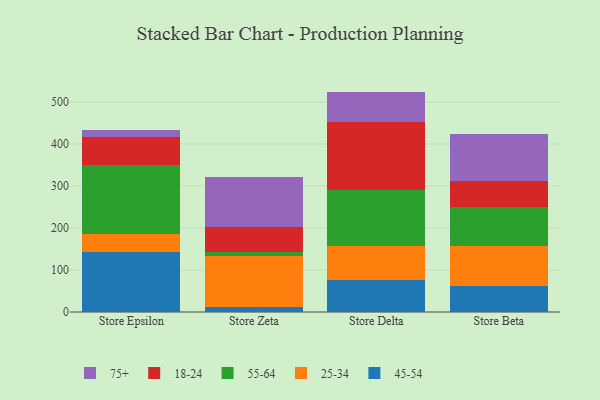
{"axis": {"x": "Store", "y": "Customer Acquisition Cost (USD)"}, "legend": ["18-24", "25-34", "45-54", "55-64", "75+"], "data": [{"x": "Store Epsilon", "y": 142.5, "type": "45-54"}, {"x": "Store Epsilon", "y": 42.9, "type": "25-34"}, {"x": "Store Epsilon", "y": 164.9, "type": "55-64"}, {"x": "Store Epsilon", "y": 65.8, "type": "18-24"}, {"x": "Store Epsilon", "y": 18.0, "type": "75+"}, {"x": "Store Zeta", "y": 12.9, "type": "45-54"}, {"x": "Store Zeta", "y": 121.2, "type": "25-34"}, {"x": "Store Zeta", "y": 8.1, "type": "55-64"}, {"x": "Store Zeta", "y": 59.7, "type": "18-24"}, {"x": "Store Zeta", "y": 120.2, "type": "75+"}, {"x": "Store Delta", "y": 76.9, "type": "45-54"}, {"x": "Store Delta", "y": 79.3, "type": "25-34"}, {"x": "Store Delta", "y": 134.6, "type": "55-64"}, {"x": "Store Delta", "y": 162.5, "type": "18-24"}, {"x": "Store Delta", "y": 71.6, "type": "75+"}, {"x": "Store Beta", "y": 61.2, "type": "45-54"}, {"x": "Store Beta", "y": 97.1, "type": "25-34"}, {"x": "Store Beta", "y": 91.0, "type": "55-64"}, {"x": "Store Beta", "y": 62.5, "type": "18-24"}, {"x": "Store Beta", "y": 113.1, "type": "75+"}]}